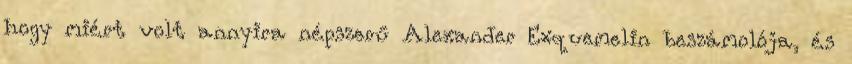
hogy miért volt annyira népszerű Alexander Exquemelin beszámolója, és